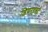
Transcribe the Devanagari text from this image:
डियरहर्स्ट